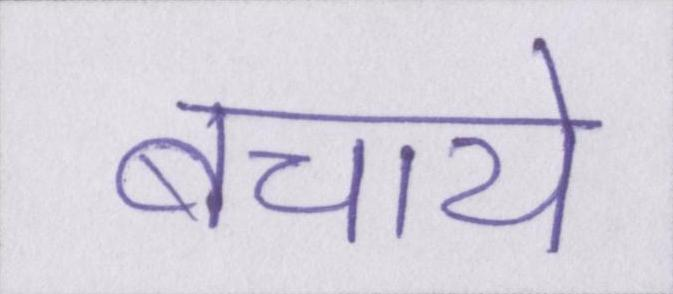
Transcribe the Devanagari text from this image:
बचाये